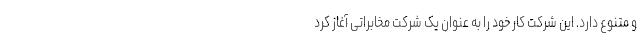
و متنوع دارد. این شرکت کار خود را به عنوان یک شرکت مخابراتی آغاز کرد